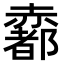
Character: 𧹼